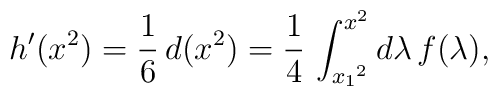
h'(x^2) = {1\over 6}\, d(x^2) = {1\over 4}\,\int_{{x_1}^2}^{x^2}d\lambda\, f(\lambda),